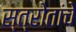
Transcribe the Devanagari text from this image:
स्त्रोतांचे